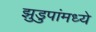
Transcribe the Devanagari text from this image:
झुडुपांमध्ये